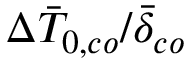
\Delta \bar { T } _ { 0 , c o } / \bar { \delta } _ { c o }